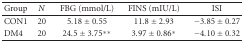
<table><thead><tr><td><b>Group</b></td><td><b><i>N</i></b></td><td><b>FBG (mmol/L)</b></td><td><b>FINS (mIU/L)</b></td><td><b>ISI</b></td></tr></thead><tbody><tr><td>CON1</td><td>20</td><td>5.18 ± 0.55</td><td>11.8 ± 2.93</td><td> −3.85 ± 0.27</td></tr><tr><td>DM4</td><td>20</td><td>24.5 ± 3.75**</td><td>3.97 ± 0.86*</td><td> −4.10 ± 0.32</td></tr></tbody></table>